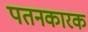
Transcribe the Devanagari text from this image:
पतनकारक